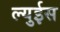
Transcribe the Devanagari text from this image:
ल्युईस